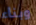
وبناء